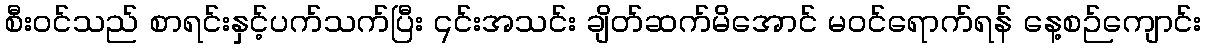
စီး၀င်သည် စာရင်းနှင့်ပက်သက်ပြီး ၎င်းအသင်း ချိတ်ဆက်မိအောင် မဝင်ရောက်ရန် နေ့စဉ်ကျောင်း